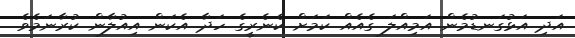
އަދި އަޅުގަނޑުމެން އަމިއްލަ ގެއެއް ކަމަށް ކެނެރީގެ ހަދާ އެކަން އިއުލާން ކުރާނަމެވެ.